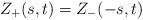
LaTeX: \begin{align*}\displaystyle Z_+(s,t)=Z_-(-s,t)\end{align*}